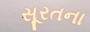
સૂરતના